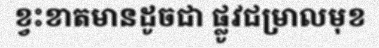
ខ្វះខាតមានដូចជា ផ្លូវជម្រាលមុខ